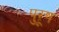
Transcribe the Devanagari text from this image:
पुऱूष